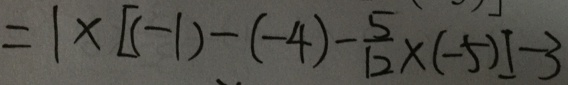
= 1 \times [ ( - 1 ) - ( - 4 ) - \frac { 5 } { 1 2 } \times ( - 5 ) ] - 3